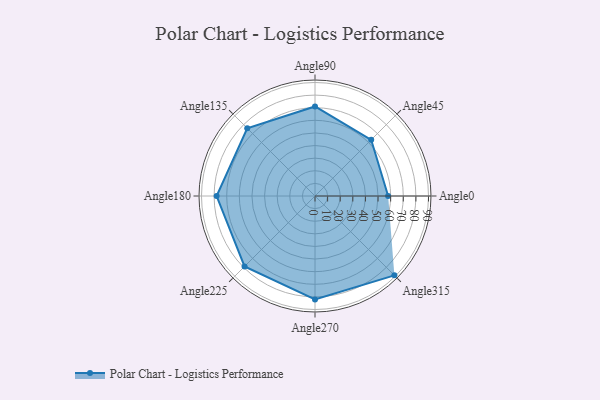
{"axis": {"x": "Angle", "y": "Radius"}, "legend": [""], "data": [{"x": "Angle0", "y": 58.0, "type": ""}, {"x": "Angle45", "y": 63.0, "type": ""}, {"x": "Angle90", "y": 71.0, "type": ""}, {"x": "Angle135", "y": 76.0, "type": ""}, {"x": "Angle180", "y": 78.0, "type": ""}, {"x": "Angle225", "y": 79.0, "type": ""}, {"x": "Angle270", "y": 82.0, "type": ""}, {"x": "Angle315", "y": 89.0, "type": ""}]}